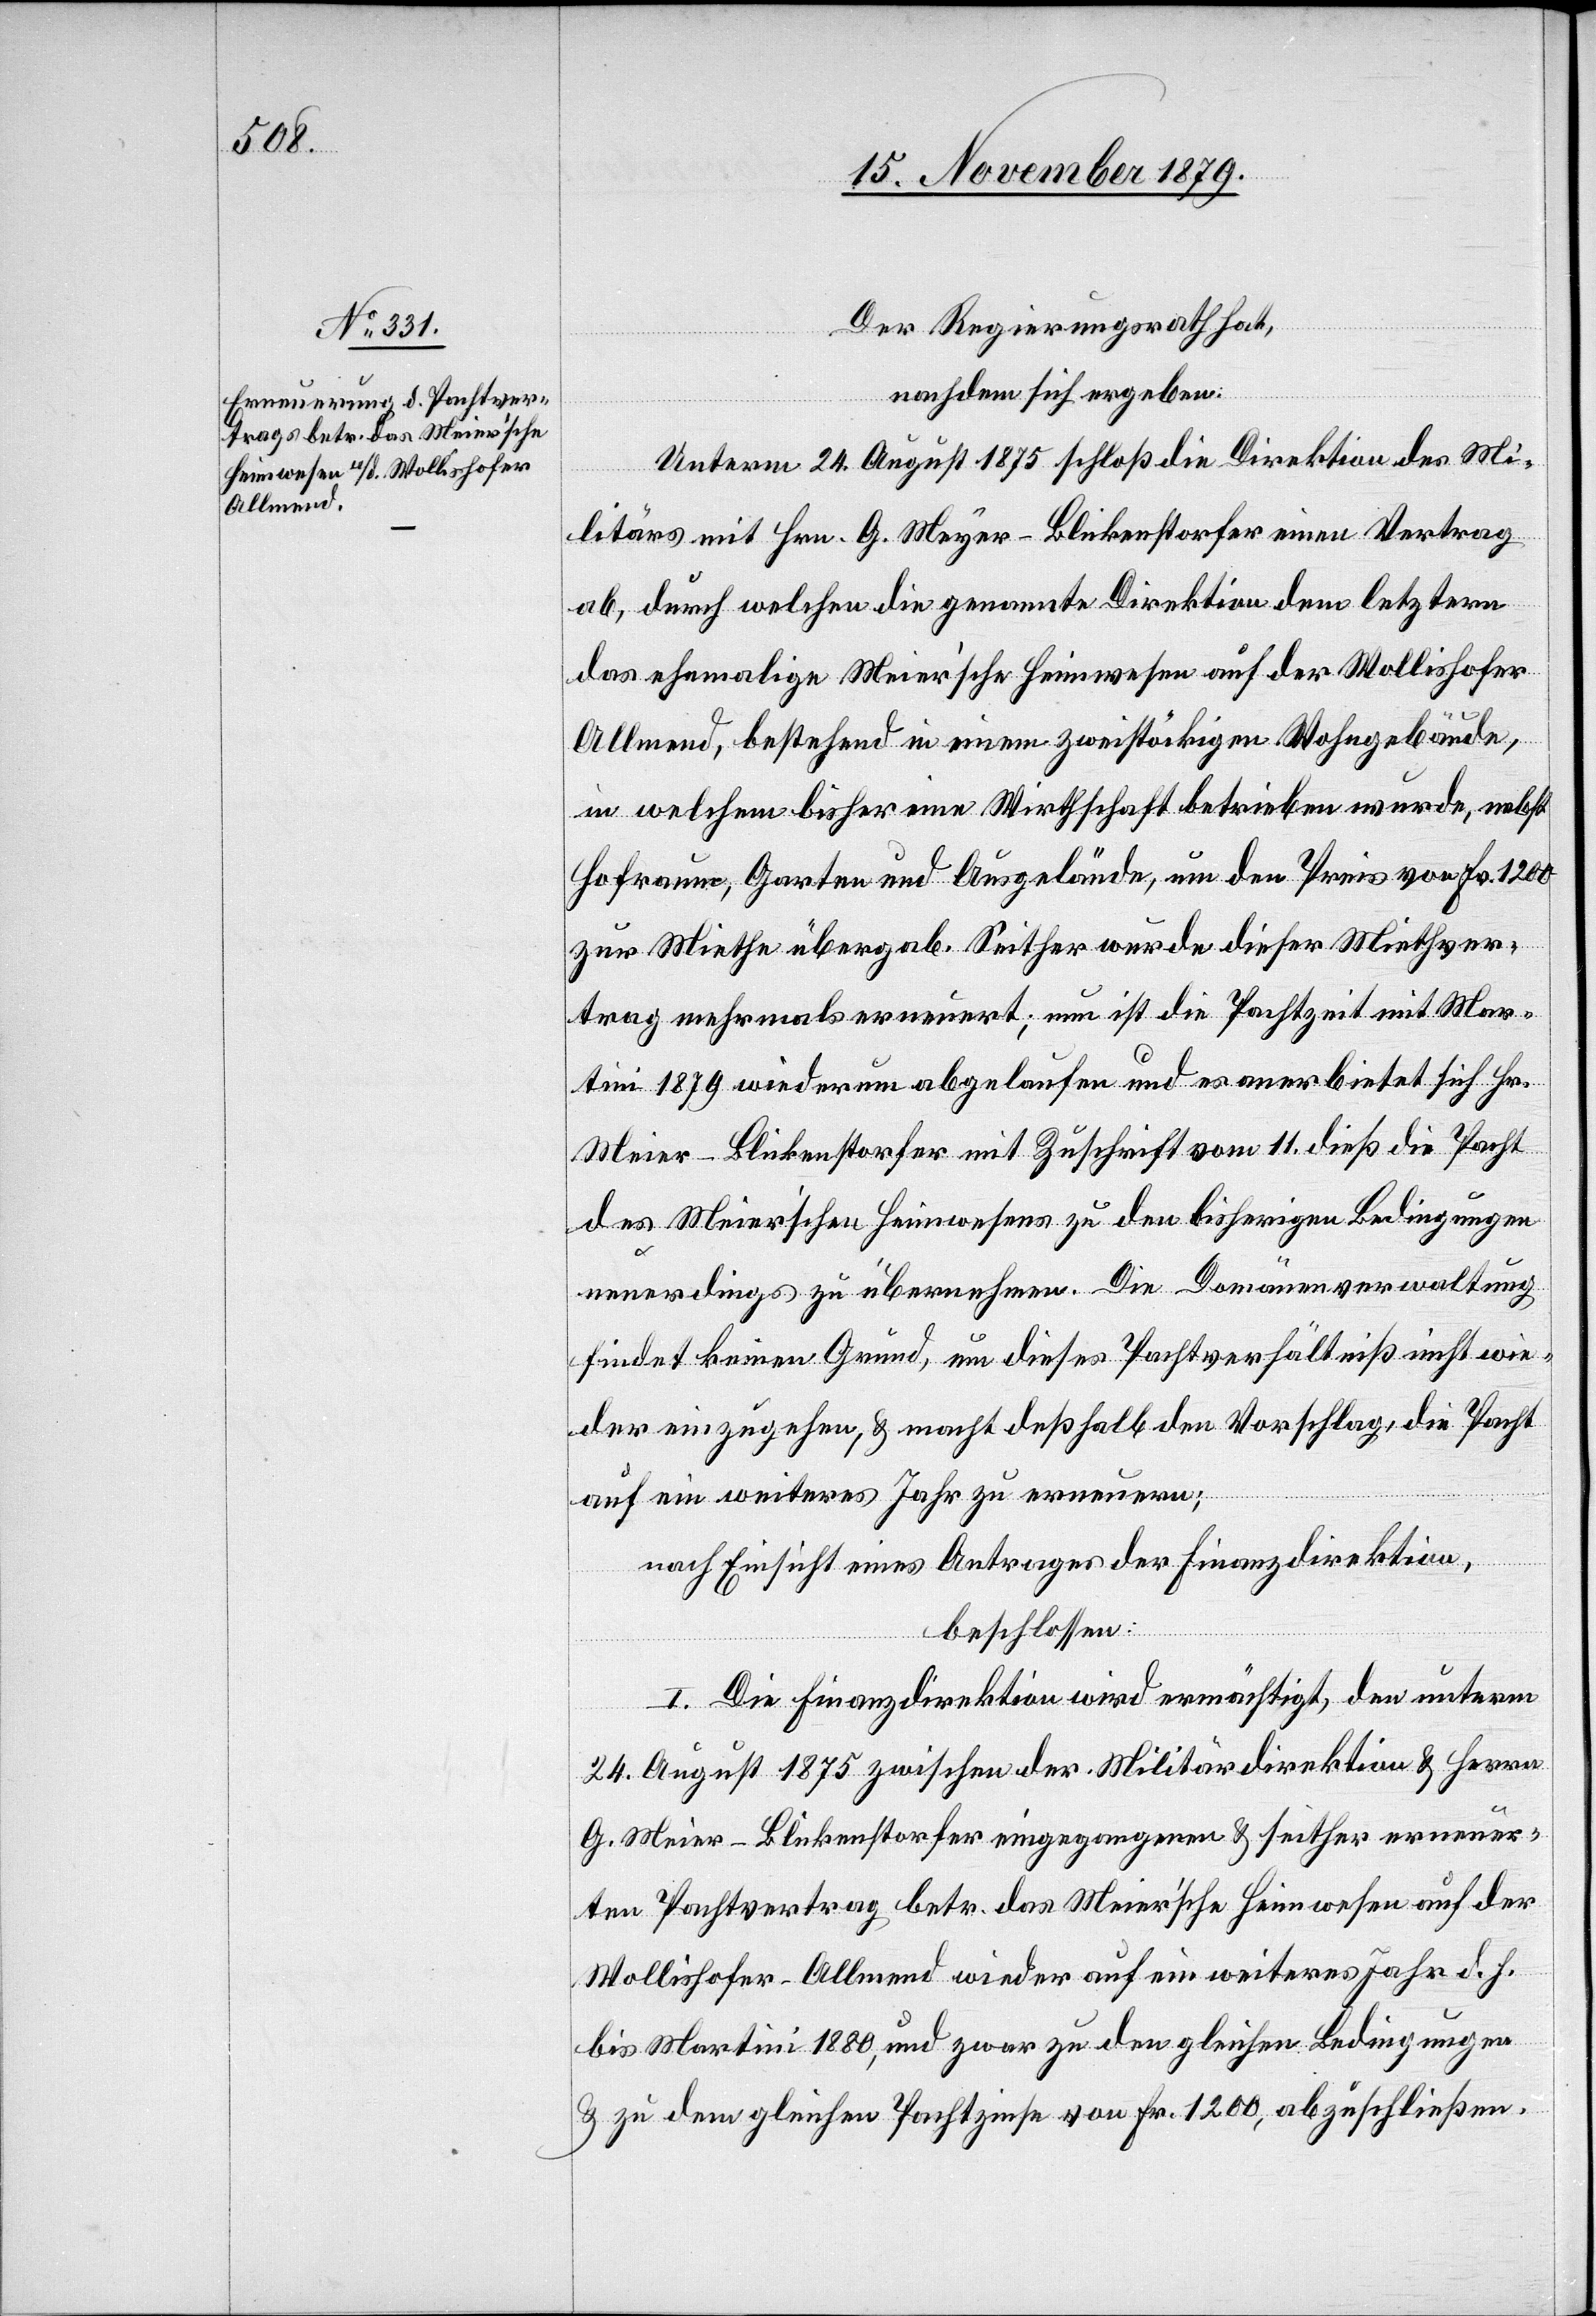
Der Regierungsrat hat,
nachdem sich ergeben:
Unterm 24. August 1875 schloß die Direktion des Mi¬
litärs mit Hrn. G. Meyer-Blickenstorfer einen Vertrag
ab, durch welchen die genannte Direktion dem letztern
das ehemalige Meier’sche [sic!] Heimwesen auf der Wollishofer
Allmend, bestehend in einem zweistöckigen Wohngebäude,
in welchem bisher eine Wirthschaft betrieben wurde, nebst
Hofraume, Garten und Ausgelände, um den Preis von Fr. 1200
zur Miethe übergab. Seither wurde dieser Miethver¬
trag mehrmals erneuert; nun ist die Pachtzeit mit Mar¬
tini 1879 wiederum abgelaufen und es anerbietet sich Hr.
Meier-Blickenstorfer mit Zuschrift vom 11. dieß die Pacht
des Meier’schen Heimweisens zu den bisherigen Bedingungen
neuerdings zu übernehmen. Die Domänenverwaltung
findet keinen Grund, um dieses Pachtverhältniß nicht wie¬
der einzugehen, & macht deßhalb den Vorschlag, die Pacht
auf ein weiteres Jahr zu erneuern;
nach Einsicht eines Antrages der Finanzdirektion,
beschlossen:
I. Die Finanzdirektion wird ermächtigt, den unterm
24. August 1875 zwischen der Militärdirektion & Herren
G. Meier-Blickenstorfer eingegangenen & seither erneuer¬
ten Pachtvertrag betr. das Meier’sche Heimwesen auf der
Wollishofen-Allmend wieder auf ein weiteres Jahr d. h,
bis Martini 1880, und zwar zu den gleichen Bedingungen
& zu dem gleichen Pachtzinse von Fr. 1200, abzuschließen.